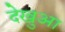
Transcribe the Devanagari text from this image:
देखुआ